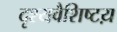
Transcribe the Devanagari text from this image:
दृश्यवैशिष्टय़